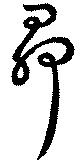
昴